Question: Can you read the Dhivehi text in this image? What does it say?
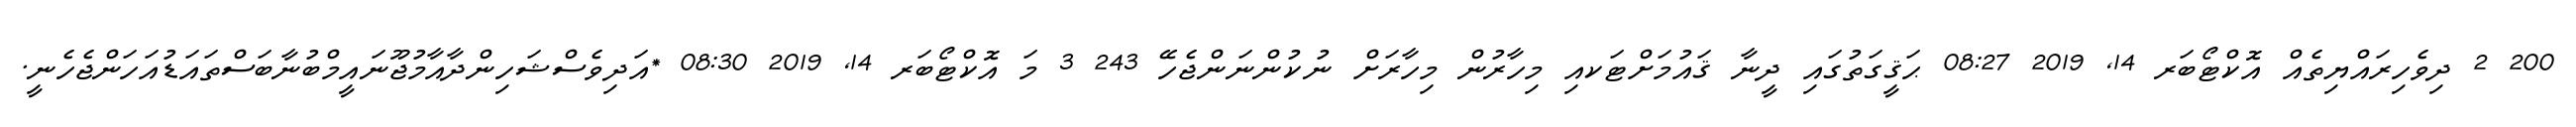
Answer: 200 2 ދިވެހިރައްޔިތެއް އޮކްޓޯބަރ 14, 2019 08:27 ޙަޤީގަތުގައި ދީނާ ޤައުމަށްޓަކއި މިހާރުން މިހާރަށް ނުކުންނަންޖެހޭ 243 3 މަ އޮކްޓޯބަރ 14, 2019 08:30 *އަދިވެސްޝަހިންދާއާމުޖޫނައީމްބުނާބަސްތައަޑުއަހަންޖެހެނީ.